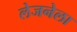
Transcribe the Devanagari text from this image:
लेजनेला